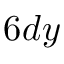
6 d y